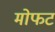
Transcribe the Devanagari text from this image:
मोफट